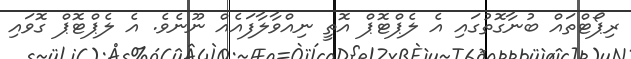
ރިޕޯޓްތައް ބުނާގޮތުގައި އެ ލެޕްޓޮޕް އޮތީ ނިއްވާލާފައެއް ނޫނެވެ. އެ ލެޕްޓޮޕް ގޮވައި